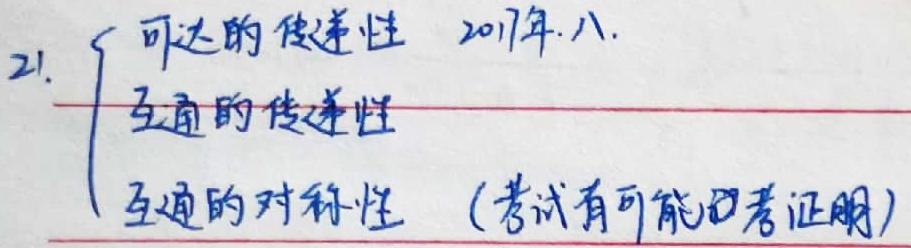
21. \(\begin{cases}
\text{可达的传递性} & 2017\text{年. 八.}\\
\text{互通的传递性}\\
\text{互通的对称性} & (\text{考试有可能考证明})
\end{cases}\)